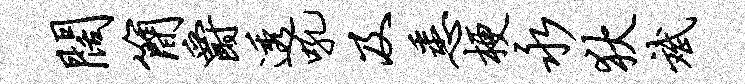
阔简爵透吼及悉梗永狄斌